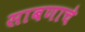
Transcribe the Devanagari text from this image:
साबणाचे